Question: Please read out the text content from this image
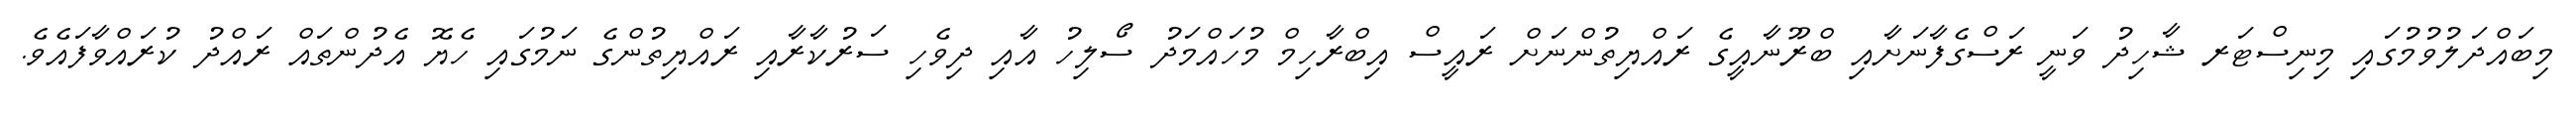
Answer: މިބައްދަލުވުމުގައި މިނިސްޓަރ ޝާހިދު ވަނީ ރަސްގެފާނަށާއި ބްރޫނާއީގެ ރައްޔިތުންނަށް ރައީސް އިބްރާހިމް މުހައްމަދު ސޯލިހު އާއި ދިވެހި ސަރުކާރާއި ރައްޔިތުންގެ ނަމުގައި ހެޔޮ އެދުންތައް ރައްދު ކުރައްވާފައެވެ.